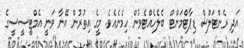
އަދި ރެންޓަލްސް ޑިޕާޓްމަންޓް ބެލެހެއްޓެވުން ހިމެނެއެވެ. މީގެ އިތުރުން އޭނާ ވަނީ އެމްޓީސީސީގެ